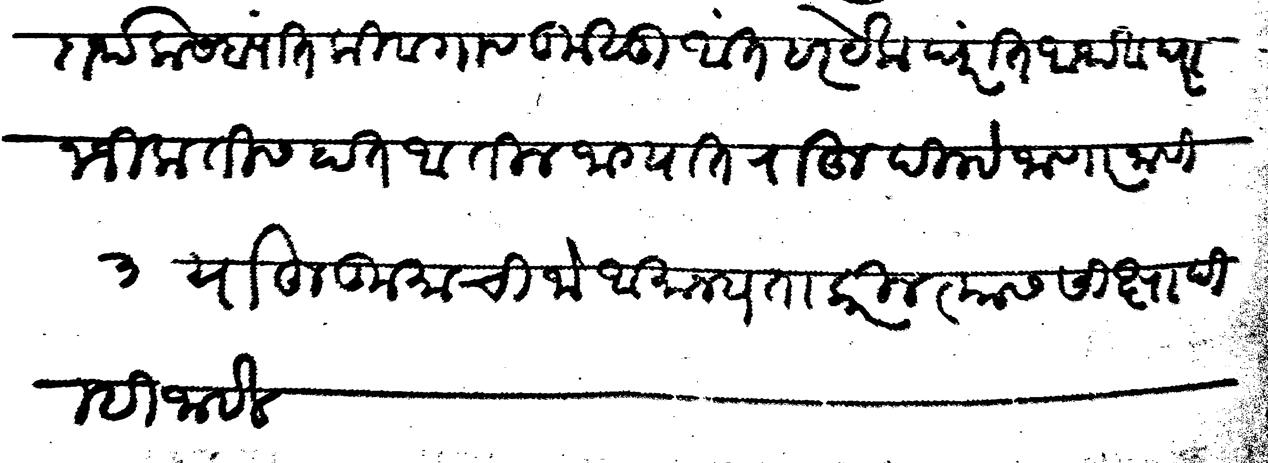
Transliteration (Devanagari): पदार्थ कसब्यांत किवा गाव कुसु आंत हर येक घरांत अथवा घरानजीक तीस हात आतील जाग्यात राहू दिल्हे जाणार नाही ३ या हुकुमाची जो अमान्यता करील त्यास सीक्षा दिल्ही जाईल